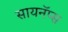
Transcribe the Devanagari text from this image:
सायनॅप्स